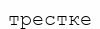
трестке